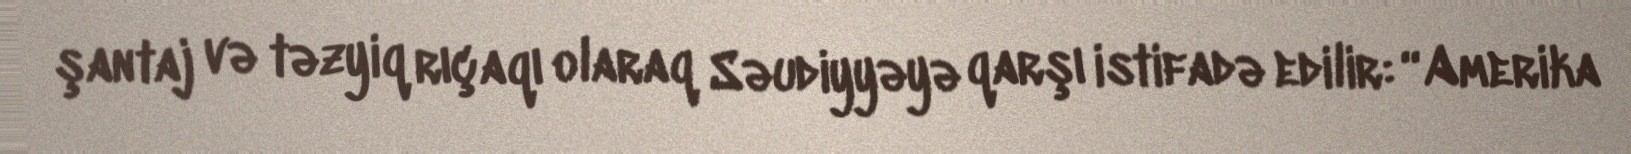
şantaj və təzyiq rıçaqı olaraq Səudiyyəyə qarşı istifadə edilir: “Amerika